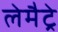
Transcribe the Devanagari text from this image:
लेमैट्रे